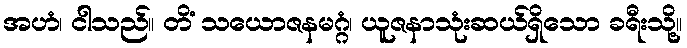
အဟံ၊ ငါသည်။ တိံ သယောဇနမဂ္ဂံ၊ ယူဇနာသုံးဆယ်ရှိသော ခရီးသို့။